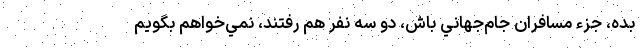
بده، جزء مسافران جام‌جهاني باش، دو سه نفر هم رفتند، نمي‌خواهم بگويم